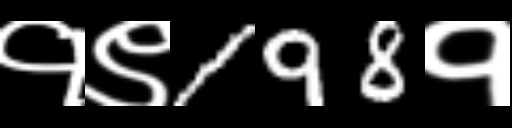
Text: १९198१